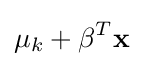
\mu _{k}+\mathbf {\beta } ^{T}\mathbf {x}